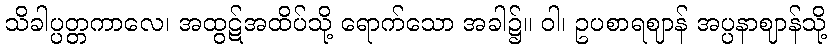
သိခါပ္ပတ္တကာလေ၊ အထွဋ်အထိပ်သို့ ရောက်သော အခါ၌။ ဝါ၊ ဥပစာရဈာန် အပ္ပနာဈာန်သို့